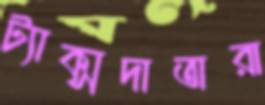
ট্যাক্সদাতারা